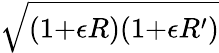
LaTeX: \sqrt{(1{+}\epsilon R)(1{+}\epsilon R^{\prime})}